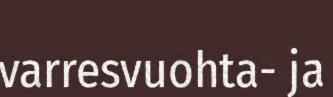
varresvuohta- ja